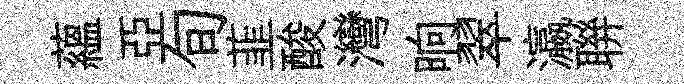
蘊亞旬韮酸灣晌翠瀛聨